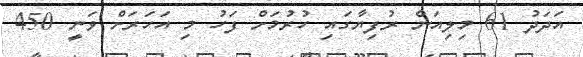
އަދަދު 61 މިލިއަން ރުފިޔާގައި ހުރުމަށް ފަހު މި އަހަރަށް ވަނީ 450